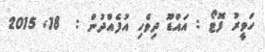
ހަވީރު ފޮޓޯ : އައްޑޫ ދިވެހި އުފެއްދުން :  18